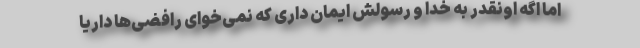
اما اگه اونقدر به خدا و رسولش ایمان داری که نمی‌خوای رافضی‌ها داریا